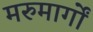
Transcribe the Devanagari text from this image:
मरुमार्गों